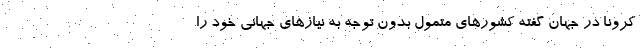
کرونا در جهان گفته کشورهای متمول بدون توجه به نیازهای جهانی خود را